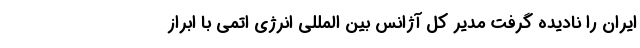
ایران را نادیده گرفت مدیر کل آژانس بین المللی انرژی اتمی با ابراز